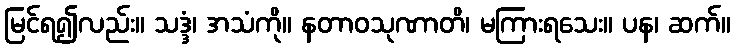
မြင်ရ၍လည်း။ သဒ္ဒံ၊ အသံကို။ နတာဝသုဏာတိ၊ မကြားရသေး။ ပန၊ ဆက်။